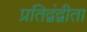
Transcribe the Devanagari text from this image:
प्रतिद्वंद्वीता